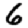
Digit: 6